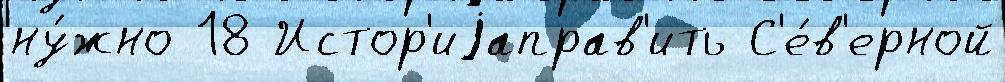
ну́жно 18 Истор'иjаправ'ить С'е́в'ерной